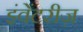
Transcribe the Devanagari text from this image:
इंवेंटरीज़